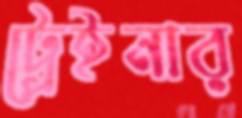
ট্রেইনার